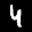
Label: 4